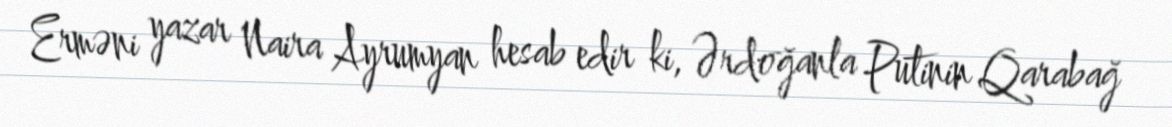
Erməni yazar Naira Ayrumyan hesab edir ki, Ərdoğanla Putinin Qarabağ